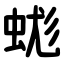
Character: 蛖